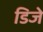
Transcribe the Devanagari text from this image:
डिजे